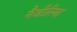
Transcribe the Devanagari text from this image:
नैजीरिया